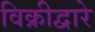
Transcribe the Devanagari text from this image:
विक्रीद्वारे